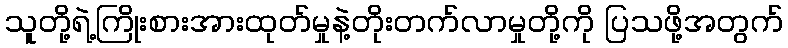
သူတို့ရဲ့ကြိုးစားအားထုတ်မှုနဲ့တိုးတက်လာမှုတို့ကို ပြသဖို့အတွက်